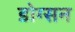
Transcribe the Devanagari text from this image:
डोग्सन